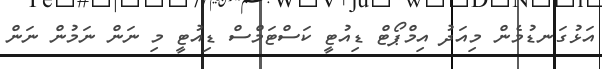
އަޅުގަނޑުމެން މިއަދު އިމްޕޯޓް ޑިއުޓީ ކަސްޓަމްސް ޑިއުޓީ މި ނަން ނަމުން ނަން